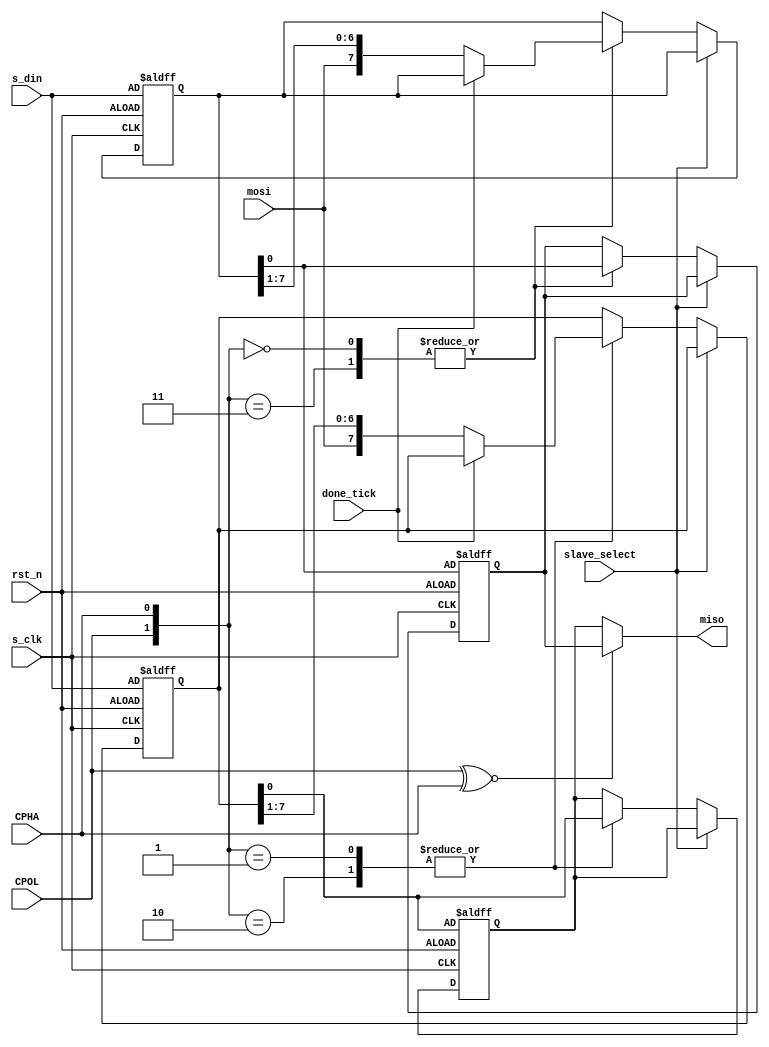
module slave #(parameter data_width=8)(
    input [data_width-1:0]s_din,
    input slave_select,mosi,
    input s_clk,rst_n,
    input CPHA,CPOL,
    input done_tick,
    output miso
);


reg [data_width-1:0]data_reg1,data_reg2;
reg miso_1,miso_2;

assign miso=(CPOL ~^ CPHA)?miso_1:miso_2;

//-----------------------------------------------------
always @(negedge s_clk ,negedge rst_n) begin
    if(!rst_n)begin
        data_reg1<=s_din;
        miso_2<=data_reg2[0];
    end    
    else if(!slave_select) begin    
    case ({CPOL,CPHA})  
        1,2: 
         miso_2<=data_reg2[0];                      
        0,3:begin
         if(!done_tick)  
         data_reg1<={mosi,data_reg1[data_width-1:1]}; 
         end
    endcase
    end
end


//-----------------------------------------------------
always @(posedge s_clk ,negedge rst_n) begin   
    if(!rst_n)begin
        data_reg2<=s_din;
        miso_1<=data_reg1[0];   
    end
    else if(!slave_select) begin 
    case ({CPOL,CPHA})  
        0,3: 
         miso_1<=data_reg1[0];                      
        1,2:begin
         if(!done_tick)  
         data_reg2<={mosi,data_reg2[data_width-1:1]};
         end
    endcase
    end
end

endmodule